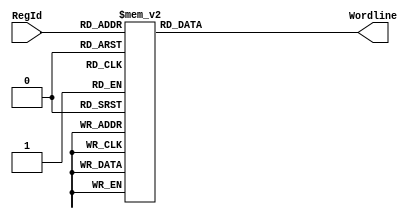
module ReadDecoder_4_16( input [3:0] RegId, output reg [15:0] Wordline );

  always @(RegId or Wordline)
  begin
    case (RegId)
      4'b0000 : Wordline = 16'b0000000000000001;
      4'b0001 : Wordline = 16'b0000000000000010;
      4'b0010 : Wordline = 16'b0000000000000100;
      4'b0011 : Wordline = 16'b0000000000001000;
      4'b0100 : Wordline = 16'b0000000000010000;
      4'b0101 : Wordline = 16'b0000000000100000;
      4'b0110 : Wordline = 16'b0000000001000000;
      4'b0111 : Wordline = 16'b0000000010000000;
      4'b1000 : Wordline = 16'b0000000100000000;
      4'b1001 : Wordline = 16'b0000001000000000;
      4'b1010 : Wordline = 16'b0000010000000000;
      4'b1011 : Wordline = 16'b0000100000000000;
      4'b1100 : Wordline = 16'b0001000000000000;
      4'b1101 : Wordline = 16'b0010000000000000;
      4'b1110 : Wordline = 16'b0100000000000000;
      4'b1111 : Wordline = 16'b1000000000000000;
      default : Wordline = 16'b0000000000000000;
    endcase
  end

endmodule